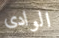
الوادى